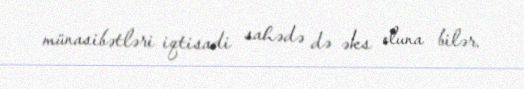
münasibətləri iqtisadi sahədə də əks oluna bilər.